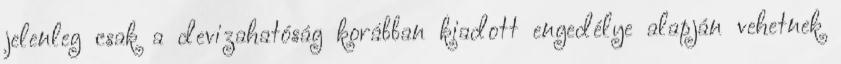
jelenleg csak a devizahatóság korábban kiadott engedélye alapján vehetnek